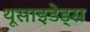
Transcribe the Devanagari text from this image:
थूसाइडेड्स